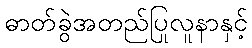
ဓာတ်ခွဲအတည်ပြုလူနာနှင့်